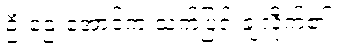
ဦးဌေးအောင်က သက်ပြင်းချလိုက်၏။